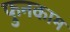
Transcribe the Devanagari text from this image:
फुनकाम